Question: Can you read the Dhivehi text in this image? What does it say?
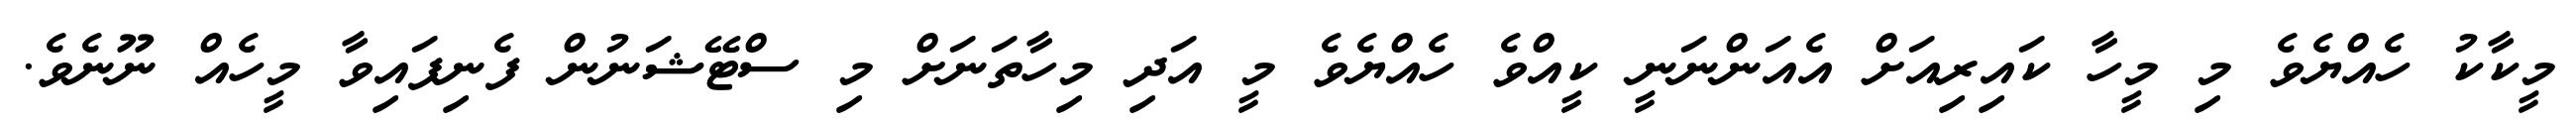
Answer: މީކާކު ހެއްޔެވެ މި މީހާ ކައިރިއަށް އެއަންނަނީ ކީއްވެ ހެއްޔެވެ މީ އަދި މިހާތަނަށް މި ސްޓޭޝަނުން ފެނިފައިވާ މީހެއް ނޫނެވެ.